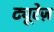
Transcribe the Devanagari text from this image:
ट्यूरेज़